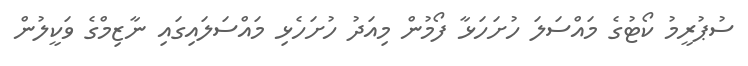
ސުޕުރީމު ކޯޓުގެ މައްސަލަ ހުށަހަޅާ ފޯމުން މިއަދު ހުށަހެޅި މައްސަލައިގައި ނާޒިމްގެ ވަކީލުން